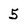
Character: 5